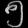
Digit: ၅